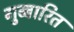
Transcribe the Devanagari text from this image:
गुब्बारित